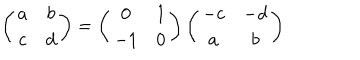
LaTeX: \left( \begin{array} { c c } { { a } } & { { b } } \\ { { c } } & { { d } } \\ \end{array} \right) = \left( \begin{array} { c c } { { 0 } } & { { 1 } } \\ { { - 1 } } & { { 0 } } \\ \end{array} \right) \left( \begin{array} { c c } { { - c } } & { { - d } } \\ { { a } } & { { b } } \\ \end{array} \right)